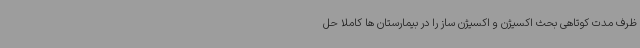
ظرف مدت کوتاهی بحث اکسیژن و اکسیژن ساز را در بیمارستان ها کاملا حل